Report on leprosy in the North-Western Provinces
Disease focus: Leprosy
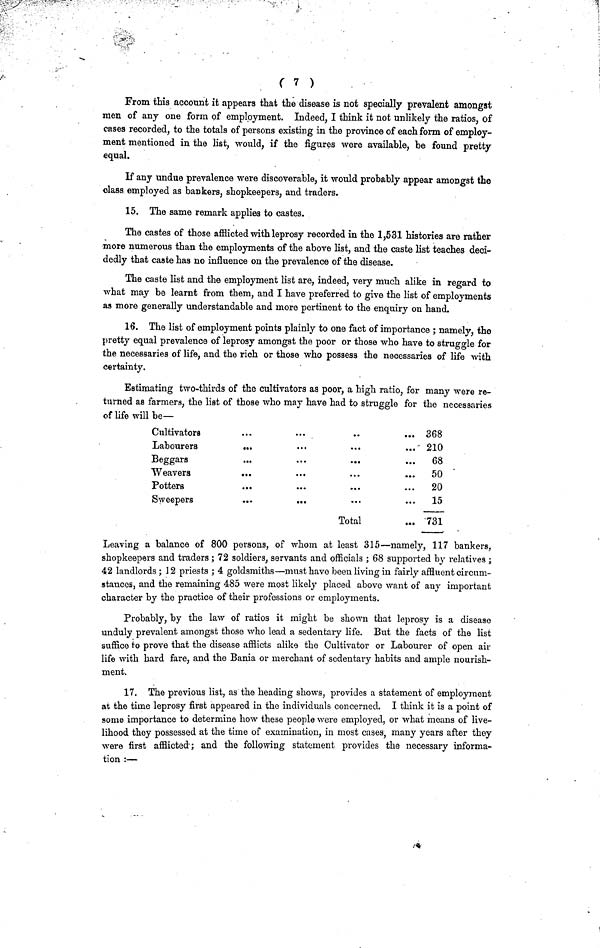
( 7 )
From this account it appears that the disease is not specially prevalent amongst
men of any one form of employment. Indeed, I think it not unlikely the ratios, of
cases recorded, to the totals of persons existing in the province of each form of employ-
ment mentioned in the list, would, if the figures were available, be found pretty
equal.
If any undue prevalence were discoverable, it would probably appear amongst the
class, employed as bankers, shopkeepers, and traders.
15. The same remark applies to castes.
The castes of those afflicted with leprosy recorded in the 1,531 histories are rather
more numerous than the employments of the above list, and the caste list teaches deci-
dedly that caste has no influence on the prevalence of the disease.
The caste list and the employment list are, indeed, very much alike in regard to
what may be learnt from them, and I have preferred to give the list of employments
as more generally understandable and more pertinent to the enquiry on hand.
16. The list of employment points plainly to one fact of importance ; namely, the
pretty equal prevalence of leprosy amongst the poor or those who have to struggle for
the necessaries of life, and the rich or those who possess the necessaries of life with
certainty.
Estimating two-thirds of the cultivators as poor, a high ratio, for many were re-
turned as farmers, the list of those who may have had to struggle for the necessaries
of life will be—
Cultivators
...
... ,
..
... 368
Labourers
...
•••
...
... 210
Beggars
...
...
...
...
68
Weavers
...
...
...
...
50
Potters
...
...
...
...
20
Sweepers
...
...
...
...
15
Total
... 731
Leaving a balance of 800 persons, of whom at least 315—namely, 117 bankers,
shopkeepers and traders ; 72 soldiers, servants and officials ; 68 supported by relatives ;
42 landlords; 12 priests ; 4 goldsmiths—must have been living in fairly affluent circum-
stances, and the remaining 485 were most likely placed above want of any important
character by the practice of their professions or employments.
Probably, by the law of ratios it might be shown that leprosy is a disease
unduly prevalent amongst those who lead a sedentary life. But the facts of the list
suffice to prove that the disease afflicts alike the Cultivator or Labourer of open air
life with hard fare, and the Bania or merchant of sedentary habits and ample nourish-
ment.
17. The previous list, as the heading shows, provides a statement of employment
at the time leprosy first appeared in the individuals concerned. I think it is a point of
some importance to determine how these people were employed, or what moans of live-
lihood they possessed at the time of examination, in most cases, many years after they
were first afflicted; and the following statement provides the necessary informa-
tion :—